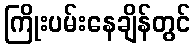
ကြိုးပမ်းနေချိန်တွင်